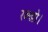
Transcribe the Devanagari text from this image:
रक्खो।